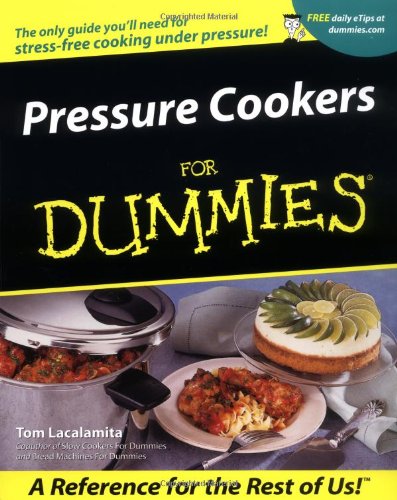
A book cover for Pressure Cookers For DummiesÃE; Tom Lacalamita; Cookbooks, Food & Wine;